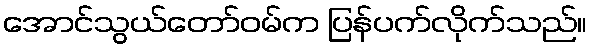
အောင်သွယ်တော်ဝမ်က ပြန်ပက်လိုက်သည်။